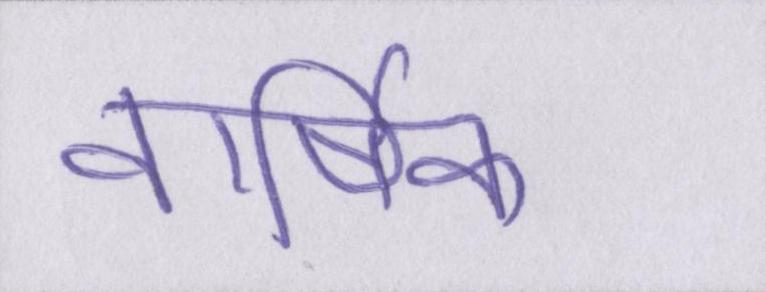
वार्षिक